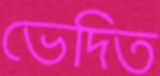
ভেদিত